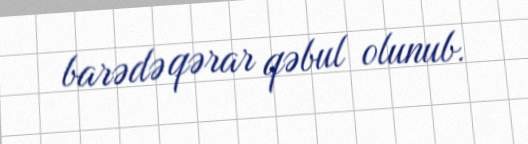
barədə qərar qəbul olunub.